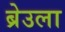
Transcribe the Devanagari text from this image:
ब्रेउला